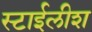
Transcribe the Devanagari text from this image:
स्टाईलीश